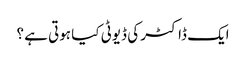
ایک ڈاکٹر کی ڈیوٹی کیا ہوتی ہے ؟